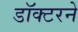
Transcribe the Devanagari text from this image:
डॉक्‍टरने